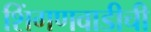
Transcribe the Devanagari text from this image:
शिंगणवाडीची